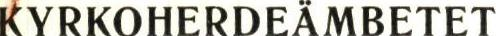
KYRKOHERDEÄMBETET